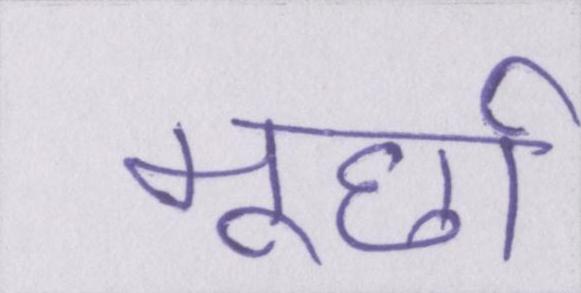
मूर्छा